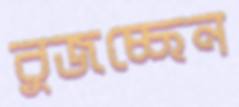
বুজচ্ছেন